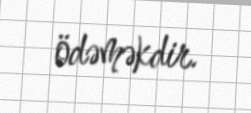
ödəməkdir.